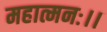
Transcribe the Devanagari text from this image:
महात्मनः।।